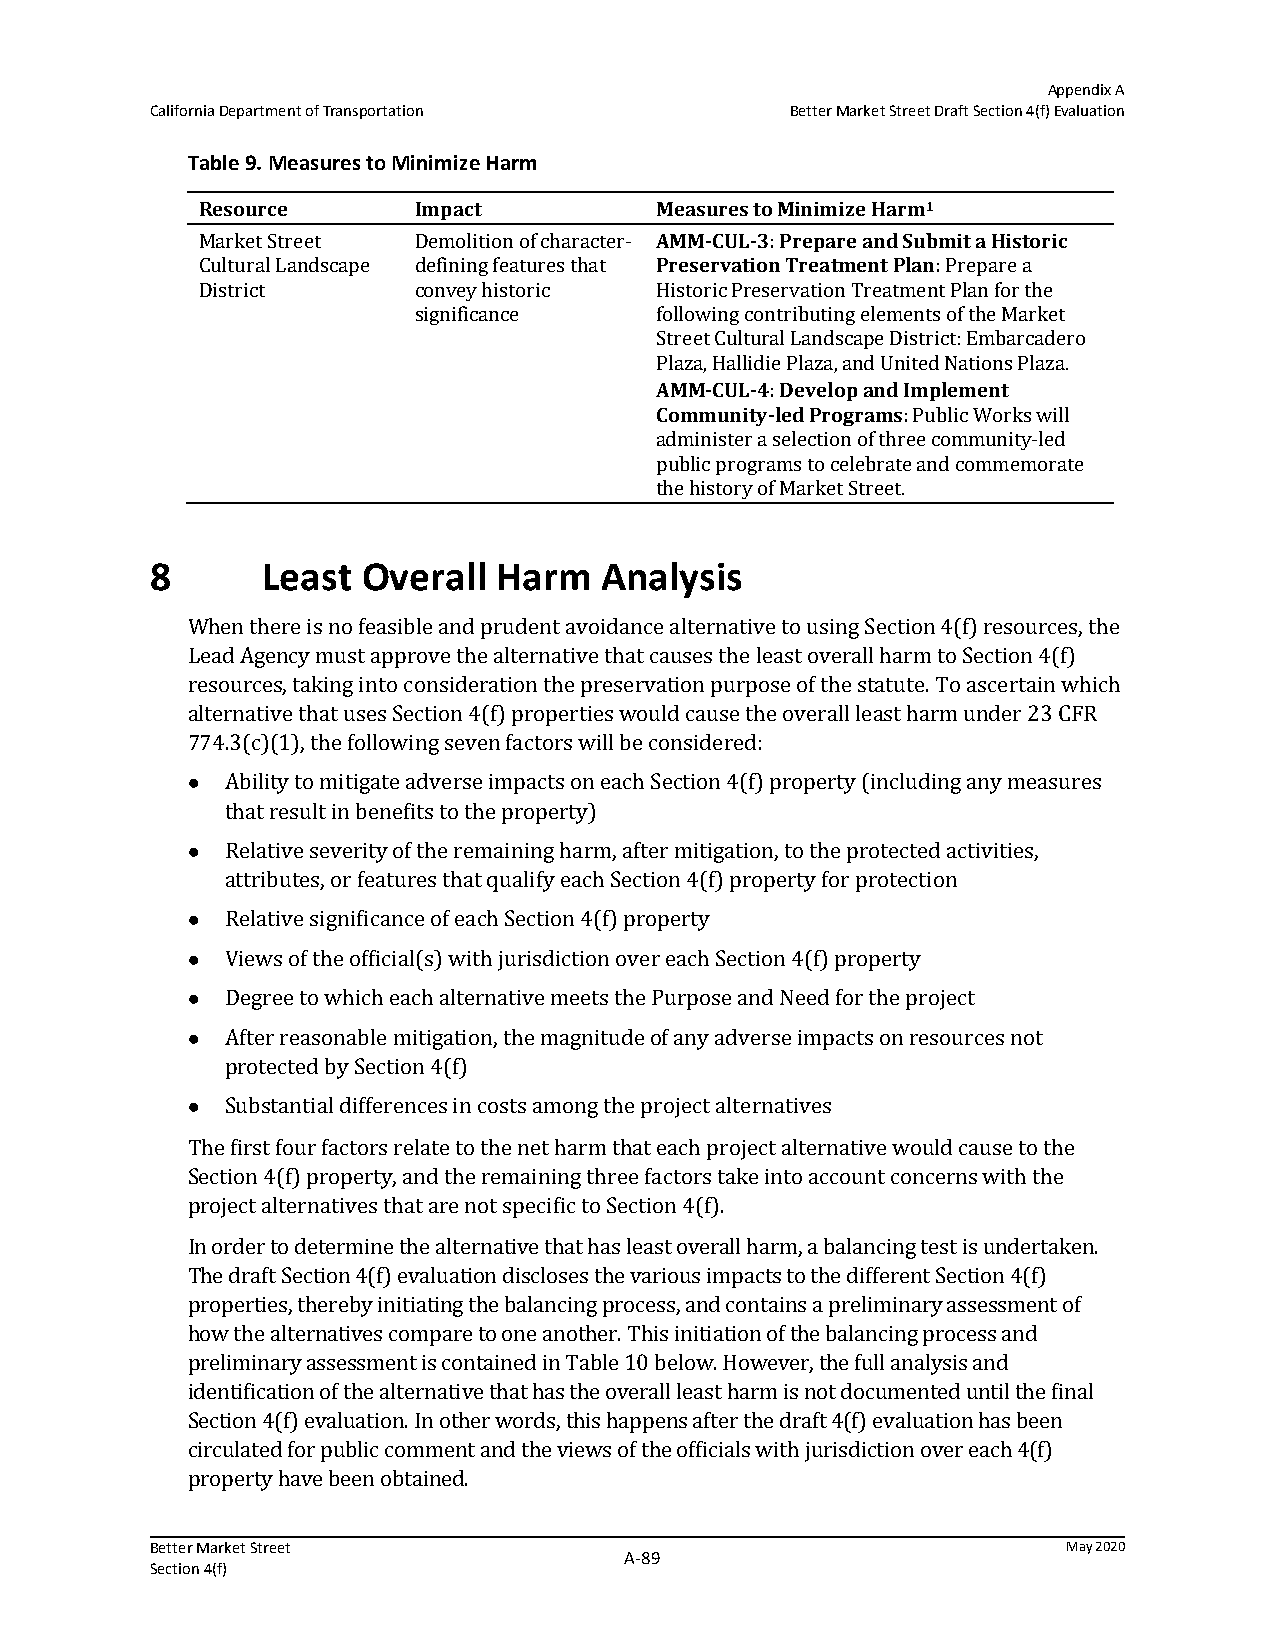
Appendix A
 California Department of Transportation   Better Market Street Draft Section 4(f) Evaluation
 Table 9. Measures to Minimize Harm
 Resource      Impact          Measures to Minimize Harm1
 Market Street Demolition of character- AMM‐CUL‐3: Prepare and Submit a Historic
 Cultural Landscape defining features that Preservation Treatment Plan: Prepare a
 District      convey historic Historic Preservation Treatment Plan for the
 significance    following contributing elements of the Market
 Street Cultural Landscape District: Embarcadero
 Plaza, Hallidie Plaza, and United Nations Plaza.
 AMM‐CUL‐4: Develop and Implement
 Community‐led Programs: Public Works will
 administer a selection of three community-led
 public programs to celebrate and commemorate
 the history of Market Street.
 8      Least  Overall  Harm   Analysis
 When there is no feasible and prudent avoidance alternative to using Section 4(f) resources, the
 Lead Agency must approve the alternative that causes the least overall harm to Section 4(f)
 resources, taking into consideration the preservation purpose of the statute. To ascertain which
 alternative that uses Section 4(f) properties would cause the overall least harm under 23 CFR
 774.3(c)(1), the following seven factors will be considered:
   Ability to mitigate adverse impacts on each Section 4(f) property (including any measures
 that result in benefits to the property)
   Relative severity of the remaining harm, after mitigation, to the protected activities,
 attributes, or features that qualify each Section 4(f) property for protection
   Relative significance of each Section 4(f) property
   Views of the official(s) with jurisdiction over each Section 4(f) property
   Degree to which each alternative meets the Purpose and Need for the project
   After reasonable mitigation, the magnitude of any adverse impacts on resources not
 protected by Section 4(f)
   Substantial differences in costs among the project alternatives
 The first four factors relate to the net harm that each project alternative would cause to the
 Section 4(f) property, and the remaining three factors take into account concerns with the
 project alternatives that are not specific to Section 4(f).
 In order to determine the alternative that has least overall harm, a balancing test is undertaken.
 The draft Section 4(f) evaluation discloses the various impacts to the different Section 4(f)
 properties, thereby initiating the balancing process, and contains a preliminary assessment of
 how the alternatives compare to one another. This initiation of the balancing process and
 preliminary assessment is contained in Table 10 below. However, the full analysis and
 identification of the alternative that has the overall least harm is not documented until the final
 Section 4(f) evaluation. In other words, this happens after the draft 4(f) evaluation has been
 circulated for public comment and the views of the officials with jurisdiction over each 4(f)
 property have been obtained.
 Better Market Street                                         May 2020
 A‐89
 Section 4(f)